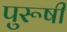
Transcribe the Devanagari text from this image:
पुरूषी